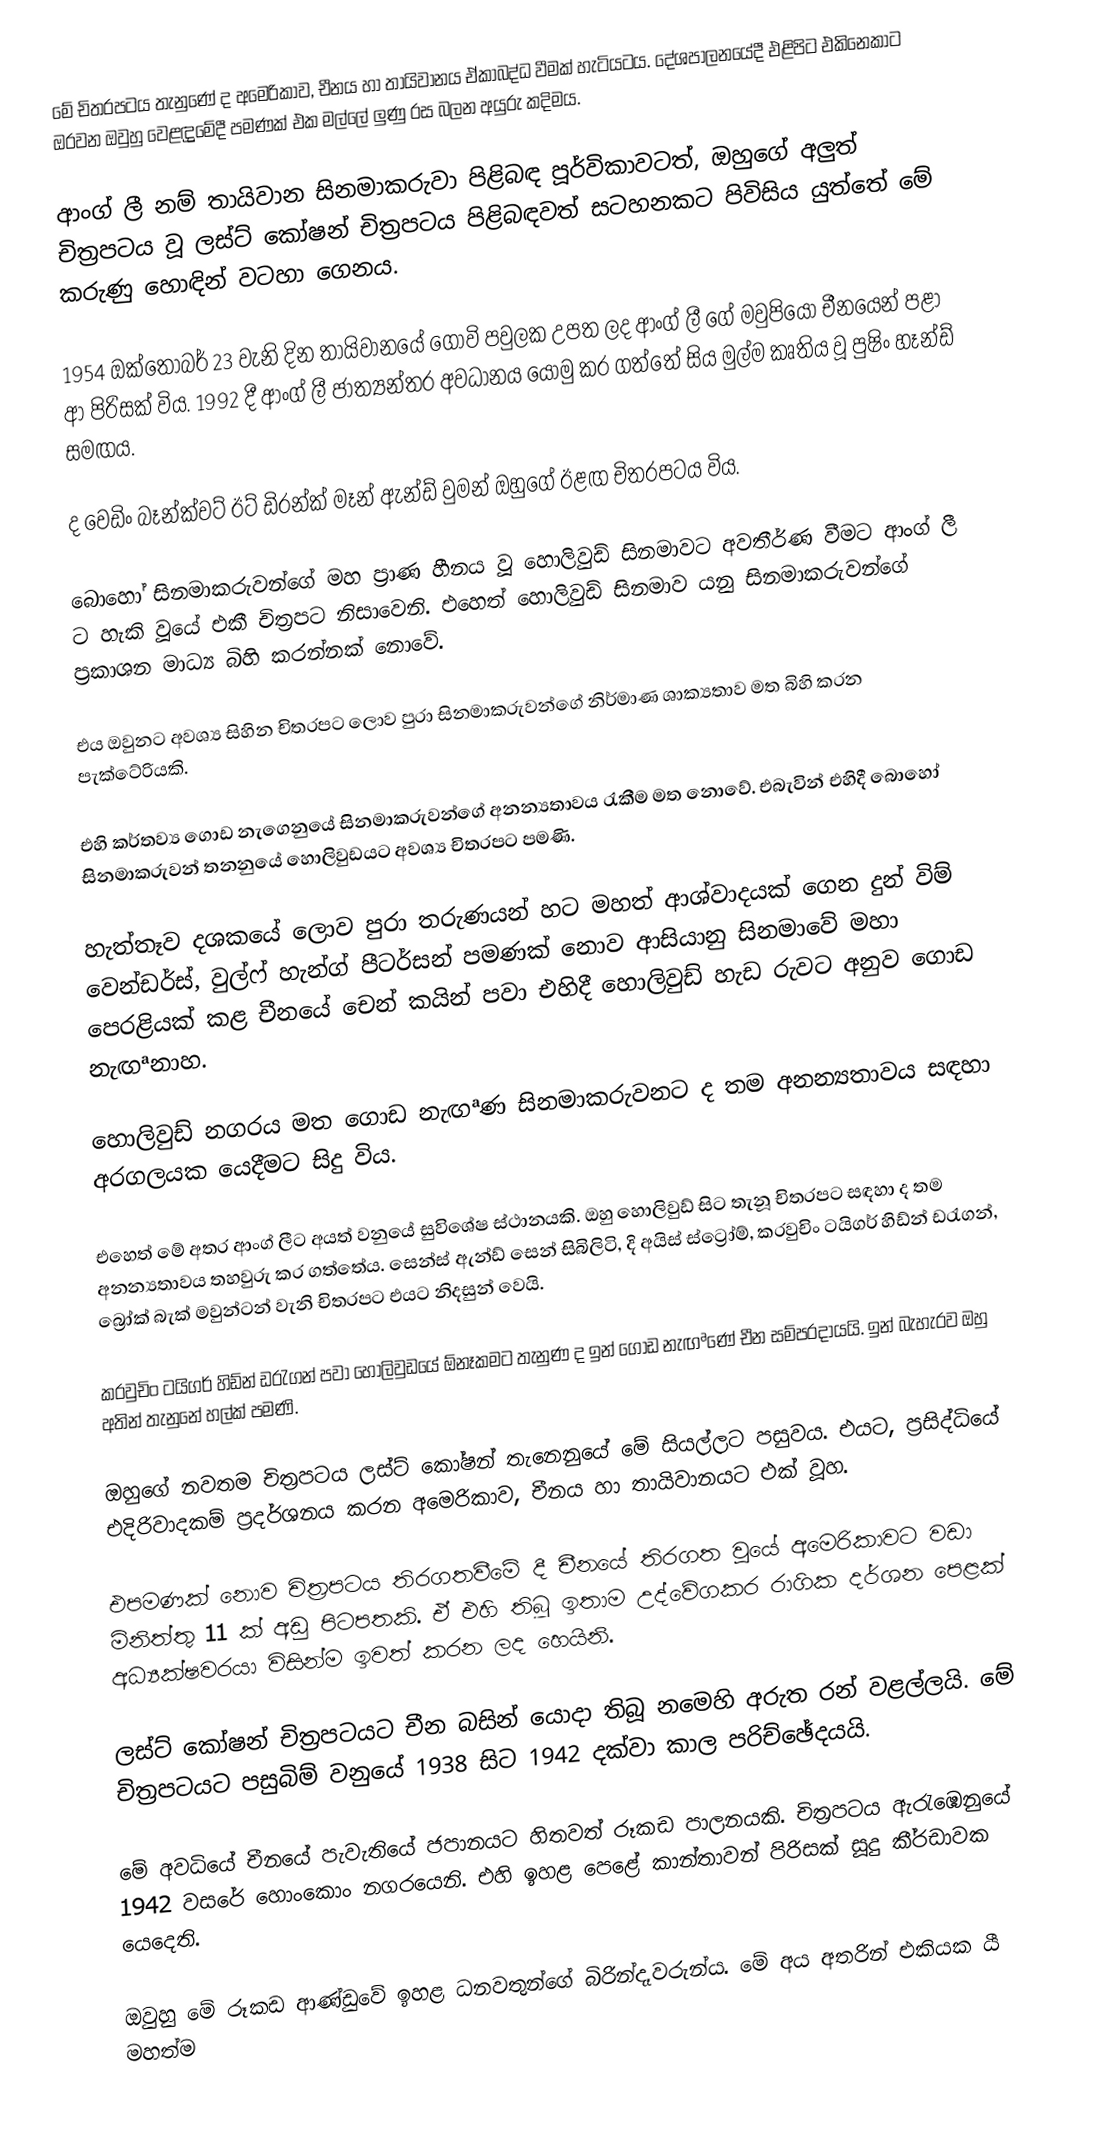
මේ චිත‍්‍රපටය තැනුණේ ද අමෙරිකාව, චීනය හා තායිවානය ඒකාබද්ධ වීමක් හැටියටය. දේශපාලනයේදී එළිපිට එකිනෙකාට ඔරවන ඔවුහු වෙළඳ්‍රමේදී පමණක් එක මල්ලේ ලුණු රස බලන අයුරු කදිමය.

ආංග් ලී නම් තායිවාන සිනමාකරුවා පිළිබඳ පූර්විකාවටත්, ඔහුගේ අලුත් චිත‍්‍රපටය වූ ලස්ට් කෝෂන් චිත‍්‍රපටය පිළිබඳවත් සටහනකට පිවිසිය යුත්තේ මේ කරුණු හොඳින් වටහා ගෙනය.

1954 ඔක්තෝබර් 23 වැනි දින තායිවානයේ ගොවි පවුලක උපත ලද ආංග් ලී ගේ මවුපියෝ චීනයෙන් පළා ආ පිරිසක් විය. 1992 දී ආංග් ලී ජාත්‍යන්තර අවධානය යොමු කර ගත්තේ සිය මුල්ම කෘතිය වූ පුෂිං හෑන්ඩ් සමඟය.

ද වෙඩිං බෑන්ක්වට් ඊට් ඩි‍්‍රන්ක් මෑන් ඇන්ඩ් වුමන් ඔහුගේ ඊළඟ චිත‍්‍රපටය විය.

බොහෝ සිනමාකරුවන්ගේ මහ ප‍්‍රාණ හීනය වූ හොලිවුඩ් සිනමාවට අවතීර්ණ වීමට ආංග් ලී ට හැකි වූයේ එකී චිත‍්‍රපට නිසාවෙනි. එහෙත් හොලිවුඩ් සිනමාව යනු සිනමාකරුවන්ගේ ප‍්‍රකාශන මාධ්‍ය බිහි කරන්නක් නොවේ.

එය ඔවුනට අවශ්‍ය සිහින චිත‍්‍රපට ලොව පුරා සිනමාකරුවන්ගේ නිර්මාණ ශාක්‍යතාව මත බිහි කරන පැක්ටේරියකි.

එහි කර්තව්‍ය ගොඩ නැගෙනුයේ සිනමාකරුවන්ගේ අනන්‍යතාවය රැකීම මත නොවේ. එබැවින් එහිදී බොහෝ සිනමාකරුවන් තනනුයේ හොලිවුඩයට අවශ්‍ය චිත‍්‍රපට පමණි.

හැත්තෑව දශකයේ ලොව පුරා තරුණයන් හට මහත් ආශ්වාදයක් ගෙන දුන් විම් වෙන්ඩර්ස්, වුල්ෆ් හැන්ග් පීටර්සන් පමණක් නොව ආසියානු සිනමාවේ මහා පෙරළියක් කළ චීනයේ චෙන් කයින් පවා එහිදී හොලිවුඩ් හැඩ රුවට අනුව ගොඩ නැඟªනාහ.

හොලිවුඩ් නගරය මත ගොඩ නැඟªණ සිනමාකරුවනට ද තම අනන්‍යතාවය සඳහා අරගලයක යෙදීමට සිදු විය.

එහෙත් මේ අතර ආංග් ලීට අයත් වනුයේ සුවිශේෂ ස්ථානයකි. ඔහු හොලිවුඩ් සිට තැනූ චිත‍්‍රපට සඳහා ද තම අනන්‍යතාවය තහවුරු කර ගත්තේය. සෙන්ස් ඇන්ඩ් සෙන් සිබිලිටි, දි අයිස් ස්ට්‍රෝම්, ක‍්‍රවුචිං ටයිගර් හිඩ්න් ඩ‍්‍රැගන්, බ්‍රෝක් බැක් මවුන්ටන් වැනි චිත‍්‍රපට එයට නිදසුන් වෙයි.

ක‍්‍රවුචිං ටයිගර් හිඩ්න් ඩ‍්‍රැගන් පවා හොලිවුඩයේ ඕනෑකමට තැනුණ ද ඉන් ගොඩ නැඟªණේ චීන සම්ප‍්‍රදායයි. ඉන් බැහැරව ඔහු අතින් තැනුනේ හල්ක් පමණි.

ඔහුගේ නවතම චිත‍්‍රපටය ලස්ට් කෝෂන් තැනෙනුයේ මේ සියල්ලට පසුවය. එයට, ප‍්‍රසිද්ධියේ එදිරිවාදකම් ප‍්‍රදර්ශනය කරන අමෙරිකාව, චීනය හා තායිවානයට එක් වූහ.

එපමණක් නොව චිත‍්‍රපටය තිරගතවීමේ දී චීනයේ තිරගත වූයේ අමෙරිකාවට වඩා මිනිත්තු 11 ක් අඩු පිටපතකි. ඒ එහි තිබූ ඉතාම උද්වේගකර රාගික දර්ශන පෙළක් අධ්‍යක්ෂවරයා විසින්ම ඉවත් කරන ලද හෙයිනි.

ලස්ට් කෝෂන් චිත‍්‍රපටයට චීන බසින් යොදා තිබූ නමෙහි අරුත රන් වළල්ලයි. මේ චිත‍්‍රපටයට පසුබිම් වනුයේ 1938 සිට 1942 දක්වා කාල පරිච්ඡේදයයි.

මේ අවධියේ චීනයේ පැවැතියේ ජපානයට හිතවත් රූකඩ පාලනයකි. චිත‍්‍රපටය ඇරැඹෙනුයේ 1942 වසරේ හොංකොං නගරයෙනි. එහි ඉහළ පෙළේ කාන්තාවන් පිරිසක් සූදු කී‍්‍රඩාවක යෙදෙති.

ඔවුහු මේ රූකඩ ආණ්ඩුවේ ඉහළ ධනවතුන්ගේ බිරින්දෑවරුන්ය. මේ අය අතරින් එකියක යී මහත්ම